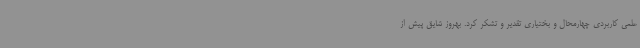
علمی کاربردی چهارمحال و بختیاری تقدیر و تشکر کرد. بهروز شایق پیش از